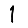
Digit: 1